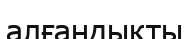
алғандықты